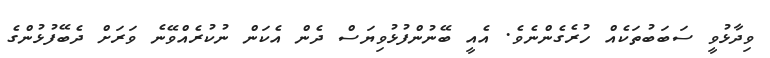
ވިދާޅުވީ ސަބަބުތަކެއް ހުރެގެންނެވެ. އެއީ ބޭނުންފުޅުވިޔަސް ދެން އެކަން ނުކުރެއްވޭނެ ވަރަށް ދެބޭފުޅުންގެ